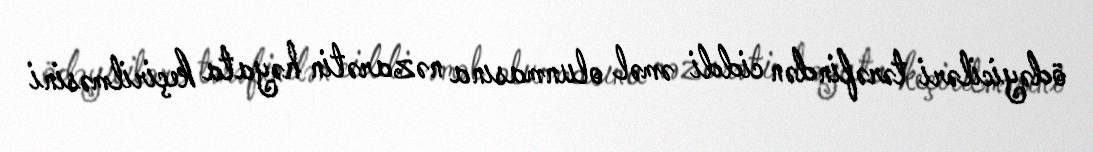
ödəyiciləri tərəfindən ciddi əməl olunmasına nəzarətin həyata keçirilməsini